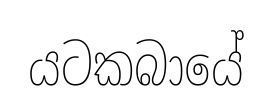
යටකබායේ